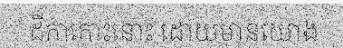
ដីកាកោះនោះ ដោយមានយោង